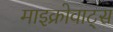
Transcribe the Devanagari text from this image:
माइक्रोवाट्स